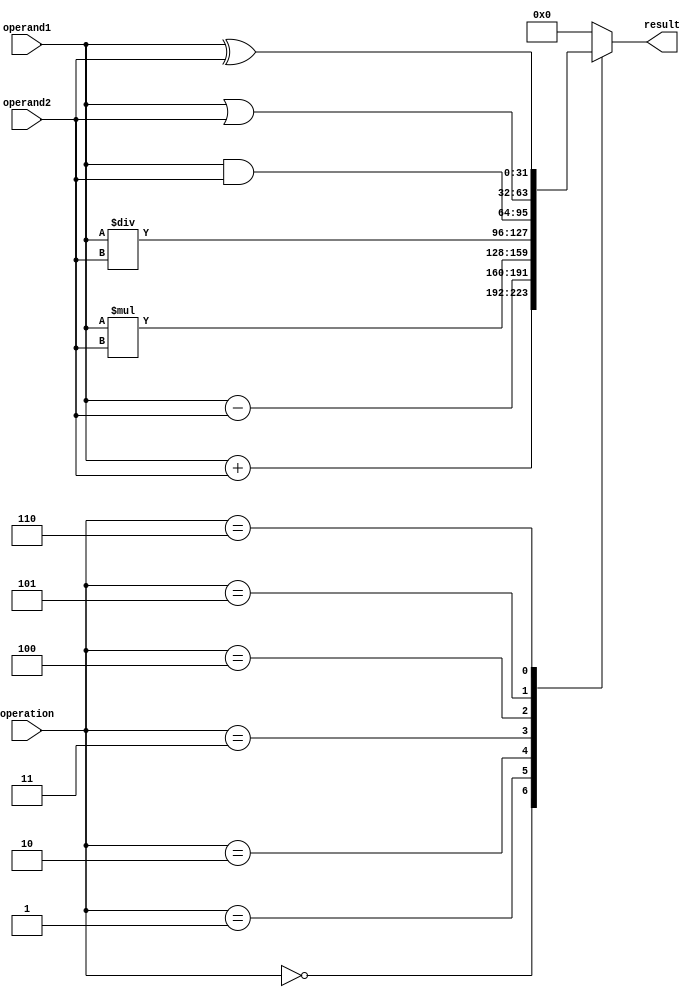
module ALU (
    input [31:0] operand1,
    input [31:0] operand2,
    input [2:0] operation,
    output reg [31:0] result
);

always @(*) begin
    case (operation)
        3'b000: result = operand1 + operand2; // Addition
        3'b001: result = operand1 - operand2; // Subtraction
        3'b010: result = operand1 * operand2; // Multiplication
        3'b011: result = operand1 / operand2; // Division
        3'b100: result = operand1 & operand2; // AND
        3'b101: result = operand1 | operand2; // OR
        3'b110: result = operand1 ^ operand2; // XOR
        default: result = 32'h0;
    endcase
end

endmodule